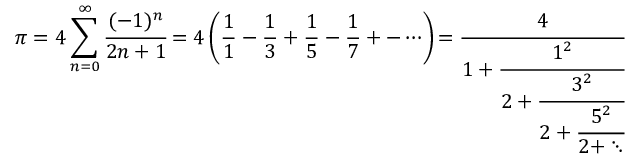
\pi = 4 \sum _ { n = 0 } ^ { \infty } { \cfrac { ( - 1 ) ^ { n } } { 2 n + 1 } } = 4 \left( { \frac { 1 } { 1 } } - { \frac { 1 } { 3 } } + { \frac { 1 } { 5 } } - { \frac { 1 } { 7 } } + - \cdots \right) \! = { \cfrac { 4 } { 1 + { \cfrac { 1 ^ { 2 } } { 2 + { \cfrac { 3 ^ { 2 } } { 2 + { \cfrac { 5 ^ { 2 } } { 2 + \ddots } } } } } } } }